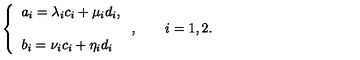
\left\{ \begin{array} { l } { a _ { i } = \lambda _ { i } c _ { i } + \mu _ { i } d _ { i } , } \\ { \vspace { - 2 m m } } \\ { b _ { i } = \nu _ { i } c _ { i } + \eta _ { i } d _ { i } } \\ \end{array} \right. , \qquad i = 1 , 2 .